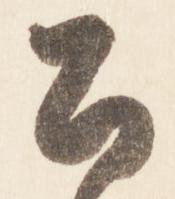
公